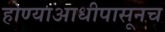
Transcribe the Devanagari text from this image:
होण्याआधीपासूनच